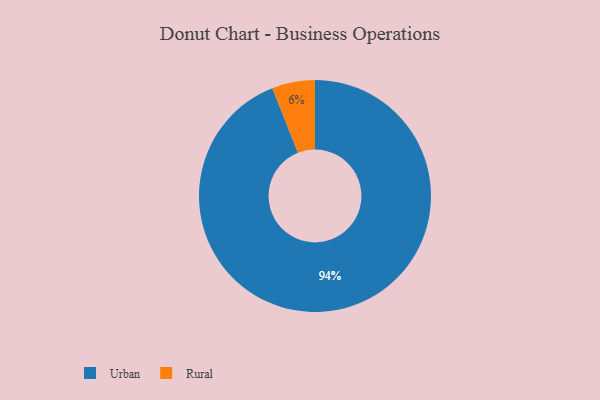
{"axis": {"x": "Category", "y": "Percentage"}, "legend": ["Rural", "Urban"], "data": [{"x": "Rural", "y": 6, "type": "Rural"}, {"x": "Urban", "y": 94, "type": "Urban"}]}